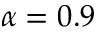
\alpha = 0 . 9